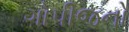
ગોપીજનો